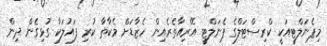
މިޕެނަލްޓީއަކީ ކްރިސްޓަލްގެ ޕެނަލްޓީ އޭރިއާތެރެއިން ހެޒާޑަށް މެކާތާ ކުރި ފައުލަކާ ގުޅިގެން ދިން